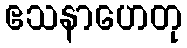
ဧသနာဟေတု